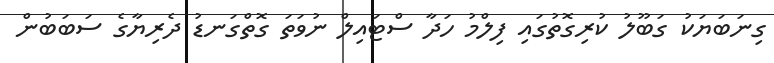
ގިނަބަޔަކު ގަބޫލު ކުރިގޮތުގައި ފިލްމު ހަދާ ސްޓައިލް ނުވަތަ ގޮތްގަނޑު ދެރިޔާގެ ސަބަބުން